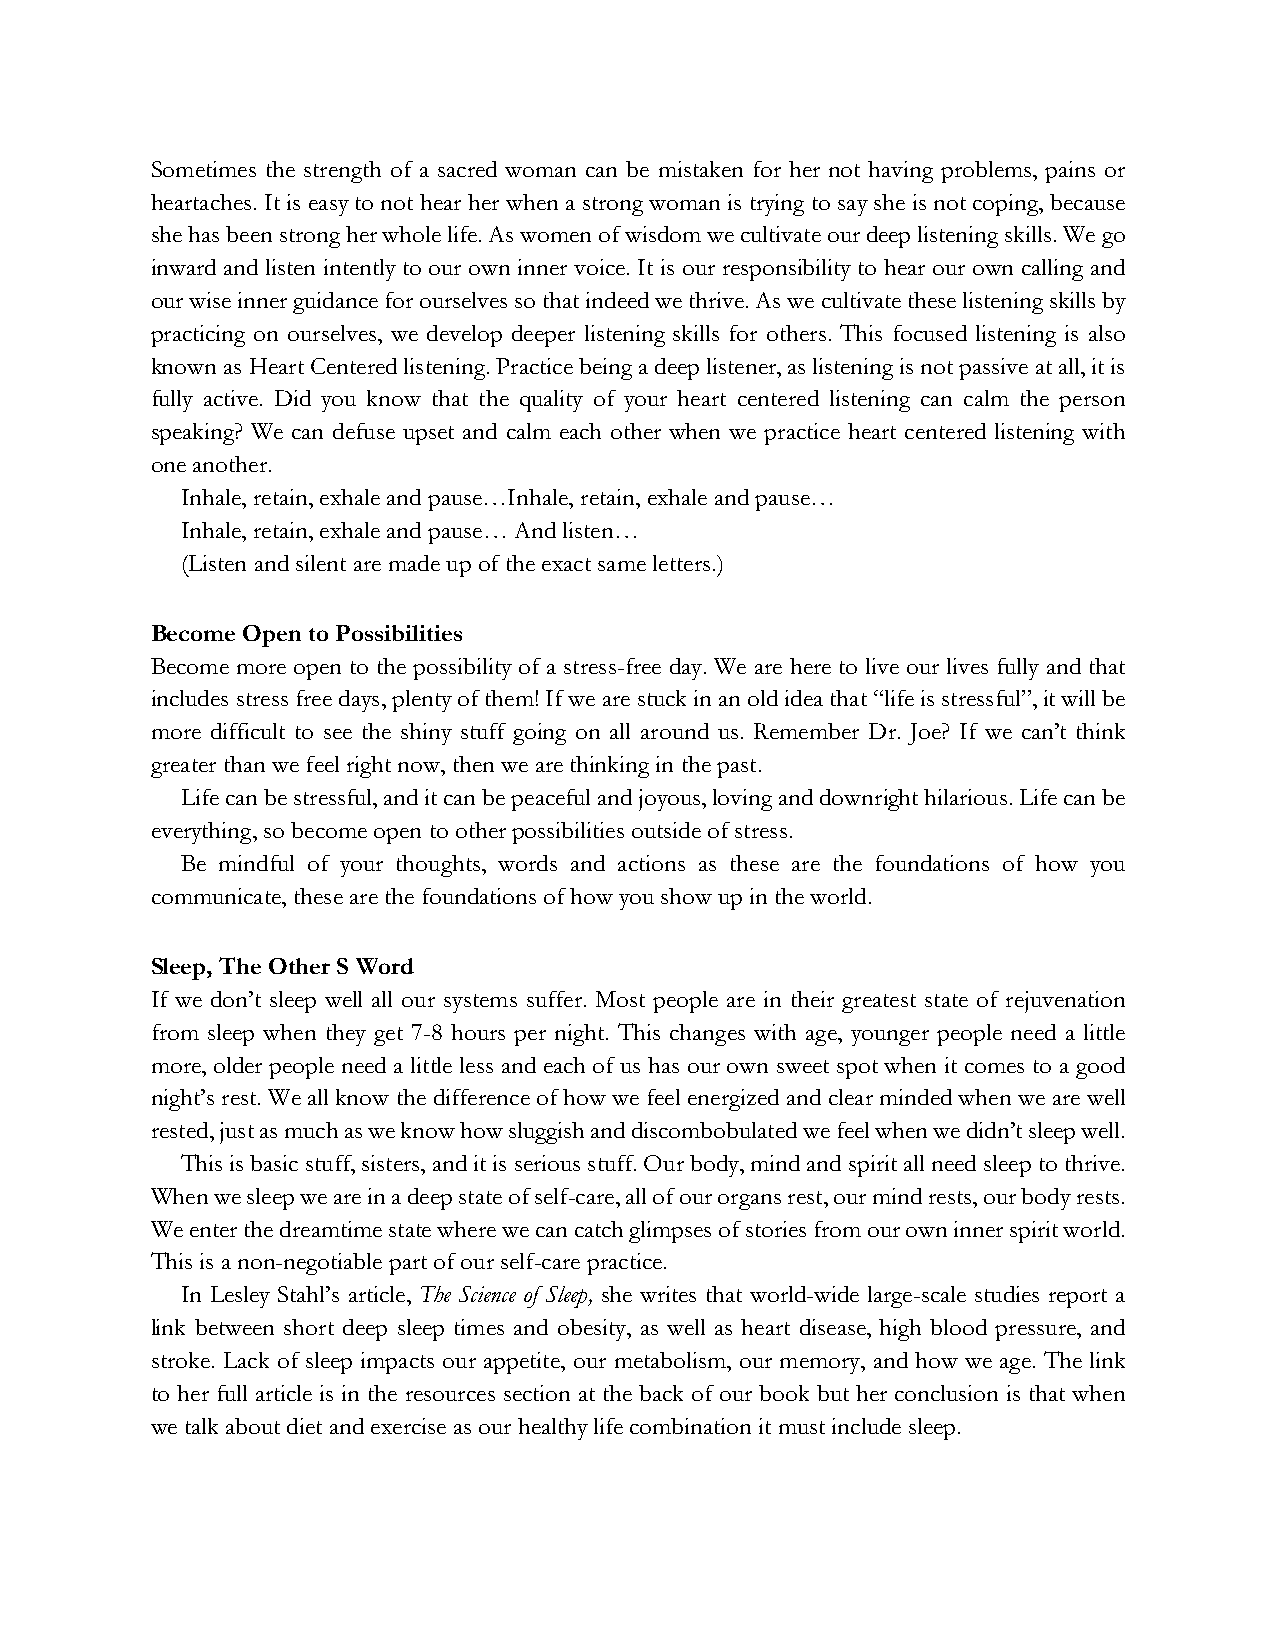
Sometimes the strength of a sacred woman can be mistaken for her not having problems, pains or
 heartaches. It is easy to not hear her when a strong woman is trying to say she is not coping, because
 she has been strong her whole life. As women of wisdom we cultivate our deep listening skills. We go
 inward and listen intently to our own inner voice. It is our responsibility to hear our own calling and
 our wise inner guidance for ourselves so that indeed we thrive. As we cultivate these listening skills by
 practicing on ourselves, we develop deeper listening skills for others. This focused listening is also
 known as Heart Centered listening. Practice being a deep listener, as listening is not passive at all, it is
 fully active. Did you know that the quality of your heart centered listening can calm the person
 speaking? We can defuse upset and calm each other when we practice heart centered listening with
 one another.
 Inhale, retain, exhale and pause…Inhale, retain, exhale and pause…
 Inhale, retain, exhale and pause… And listen…
 (Listen and silent are made up of the exact same letters.)
 Become Open to Possibilities
 Become more open to the possibility of a stress-free day. We are here to live our lives fully and that
 includes stress free days, plenty of them! If we are stuck in an old idea that “life is stressful”, it will be
 more difficult to see the shiny stuff going on all around us. Remember Dr. Joe? If we can’t think
 greater than we feel right now, then we are thinking in the past.
 Life can be stressful, and it can be peaceful and joyous, loving and downright hilarious. Life can be
 everything, so become open to other possibilities outside of stress.
 Be mindful of your thoughts, words and actions as these are the foundations of how you
 communicate, these are the foundations of how you show up in the world.
 Sleep, The Other S Word
 If we don’t sleep well all our systems suffer. Most people are in their greatest state of rejuvenation
 from sleep when they get 7-8 hours per night. This changes with age, younger people need a little
 more, older people need a little less and each of us has our own sweet spot when it comes to a good
 night’s rest. We all know the difference of how we feel energized and clear minded when we are well
 rested, just as much as we know how sluggish and discombobulated we feel when we didn’t sleep well.
 This is basic stuff, sisters, and it is serious stuff. Our body, mind and spirit all need sleep to thrive.
 When we sleep we are in a deep state of self-care, all of our organs rest, our mind rests, our body rests.
 We enter the dreamtime state where we can catch glimpses of stories from our own inner spirit world.
 This is a non-negotiable part of our self-care practice.
 In Lesley Stahl’s article, The Science of Sleep, she writes that world-wide large-scale studies report a
 link between short deep sleep times and obesity, as well as heart disease, high blood pressure, and
 stroke. Lack of sleep impacts our appetite, our metabolism, our memory, and how we age. The link
 to her full article is in the resources section at the back of our book but her conclusion is that when
 we talk about diet and exercise as our healthy life combination it must include sleep.